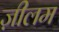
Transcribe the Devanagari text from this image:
ज़ीलम